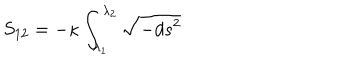
S _ { 1 2 } = - \kappa \int _ { \lambda _ { 1 } } ^ { \lambda _ { 2 } } \sqrt { - d s ^ { 2 } }